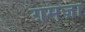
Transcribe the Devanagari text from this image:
ग़मज़ा